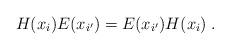
LaTeX: \begin{align*}H(x_{i})E(x_{i^{\prime }})=E(x_{i^{\prime }})H(x_{i})\;.\end{align*}